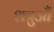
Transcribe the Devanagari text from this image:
शत्रुऔं